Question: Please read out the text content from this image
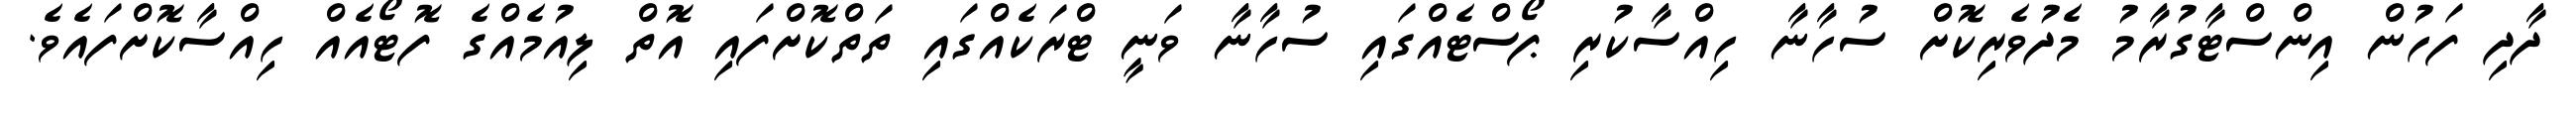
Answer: ދާދި ފަހުން އިންސްޓާގުރާމު މެދުވެރިކޮށް ސުހާނާ ހިއްސާކުރި ޕޯސްޓެއްގައި ސުހާނާ ވަނީ ޓްރަކެއްގައި ތަތްކޮށްފައި އޮތް ލިއުމެއްގެ ފޮޓޯއެއް ހިއްސާކޮށްފައެވެ.